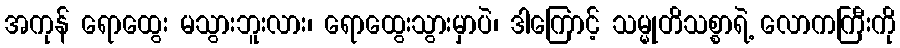
အကုန် ရောထွေး မသွားဘူးလား၊ ရောထွေးသွားမှာပဲ၊ ဒါကြောင့် သမ္မုတိသစ္စာရဲ့ လောကကြီးကို